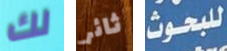
لك ثائر للبحوث